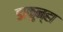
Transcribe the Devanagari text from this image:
डाकुन्हा